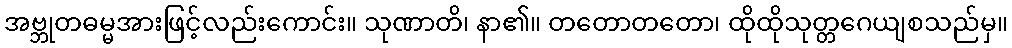
အဗ္ဘုတဓမ္မအားဖြင့်လည်းကောင်း။ သုဏာတိ၊ နာ၏။ တတောတတော၊ ထိုထိုသုတ္တဂေယျစသည်မှ။